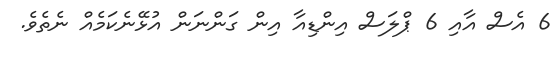
6 އެސް އާއި 6 ޕްލަސް އިންޑިއާ އިން ގަންނަން އުޅޭނެކަމެއް ނެތެވެ.